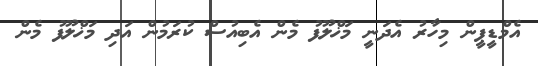
އެމްޑީޕީން މިހާރު އެދަނީ މަޚްލޫފު މެން އެބިއުސް ކުރަމުން އަދި މަޚްލޫފު މެން